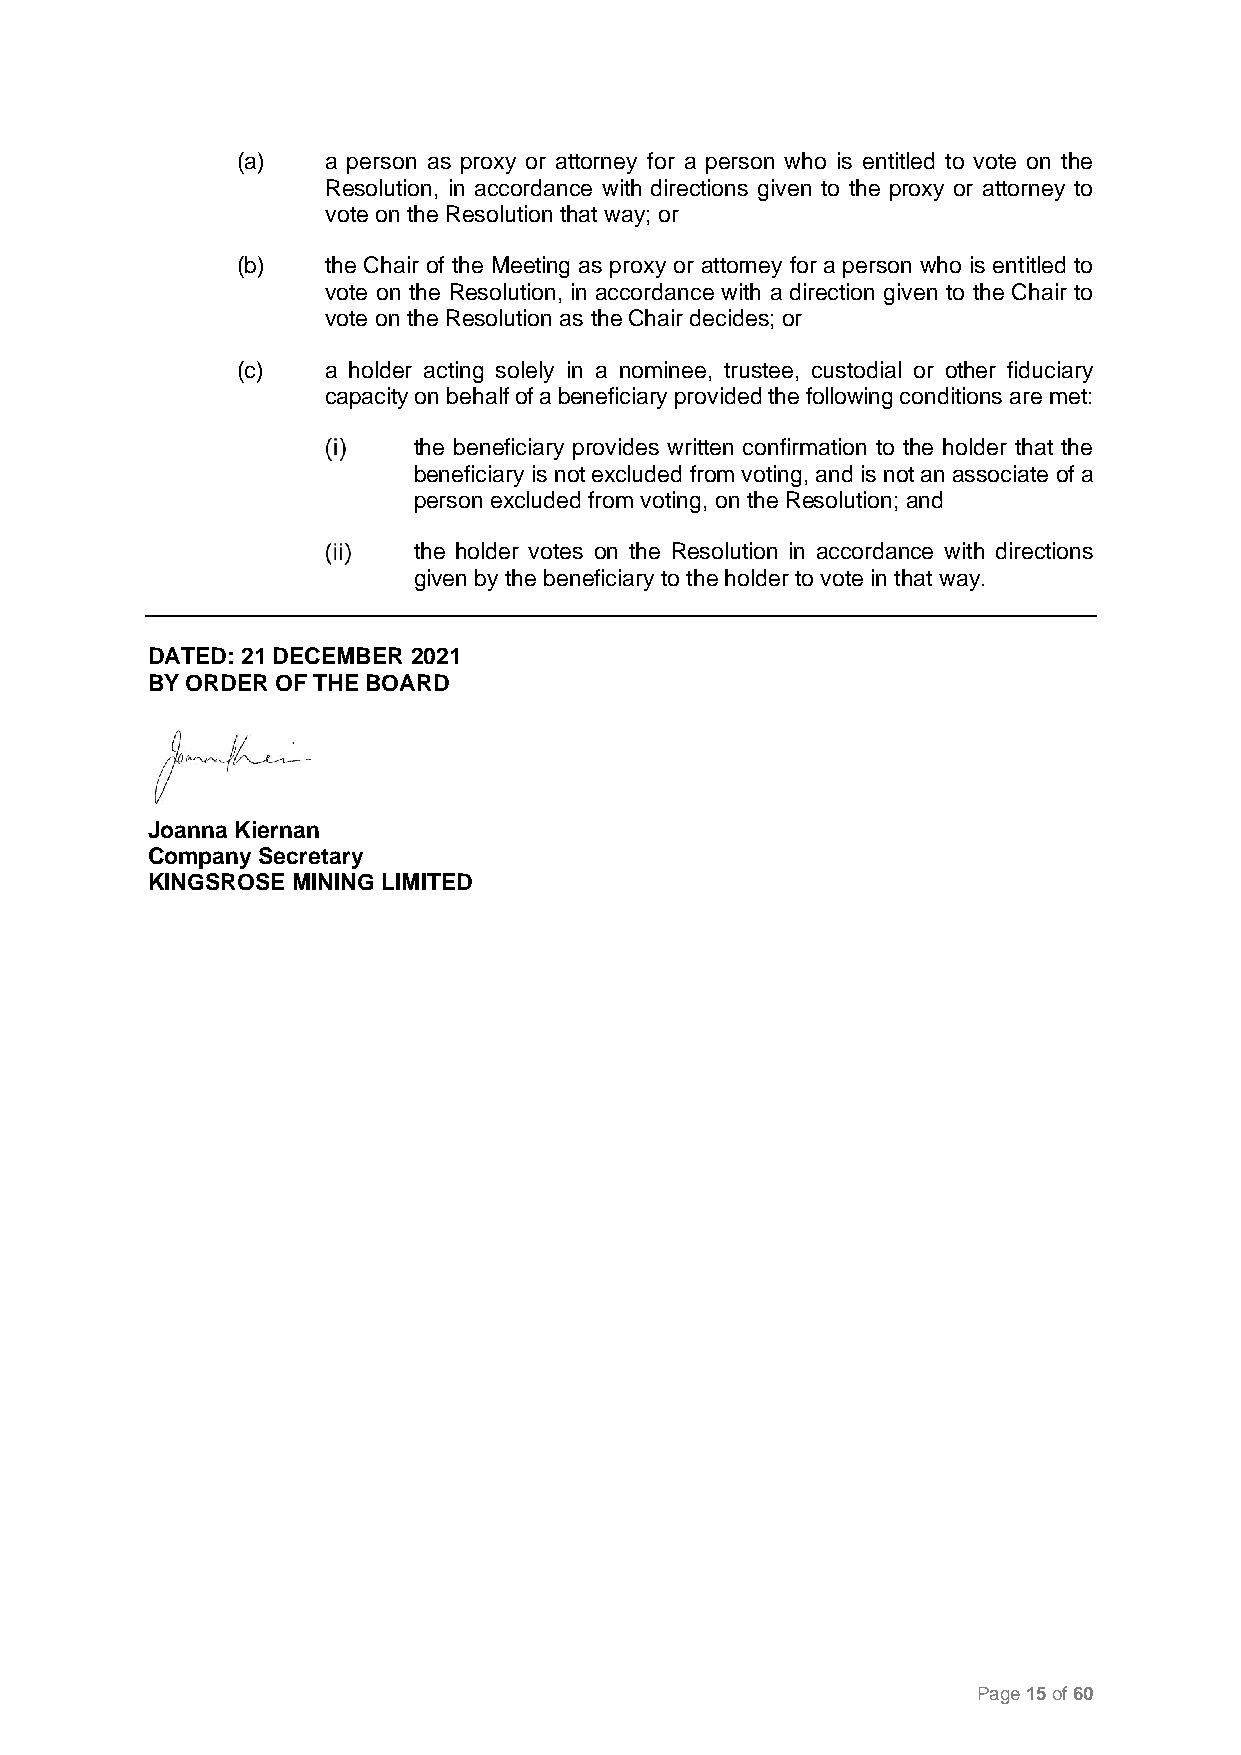
(a)   a person as proxy or attorney for a person who is entitled to vote on the
 Resolution, in accordance with directions given to the proxy or attorney to
 vote on the Resolution that way; or
 (b)   the Chair of the Meeting as proxy or attorney for a person who is entitled to
 vote on the Resolution, in accordance with a direction given to the Chair to
 vote on the Resolution as the Chair decides; or
 (c)   a holder acting solely in a nominee, trustee, custodial or other fiduciary
 capacity on behalf of a beneficiary provided the following conditions are met:
 the beneficiary provides written confirmation to the holder that the
 beneficiary is not excluded from voting, and is not an associate of a
 person excluded from voting, on the Resolution; and
 the holder votes on the Resolution in accordance with directions
 given by the beneficiary to the holder to vote in that way.
 DATED: 21 DECEMBER 2021
 BY ORDER OF THE BOARD
 Joanna Kiernan
 Company Secretary
 KINGSROSE MINING LIMITED
 Page 15 of 60